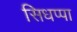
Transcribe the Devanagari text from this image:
सिधप्पा